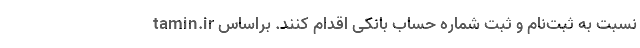
tamin.ir نسبت به ثبت‌نام و ثبت شماره حساب بانکی اقدام کنند. براساس